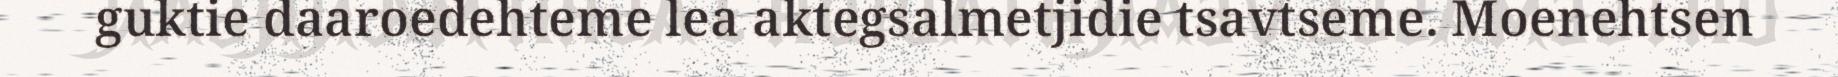
guktie daaroedehteme lea aktegsalmetjidie tsavtseme. Moenehtsen